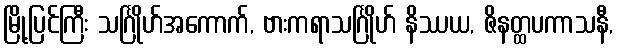
မြို့ပြင်ကြီး သင်္ဂြိုဟ်အကောက်, ဗားကရာသင်္ဂြိုဟ် နိဿယ, ဇိနတ္ထပကာသနီ,